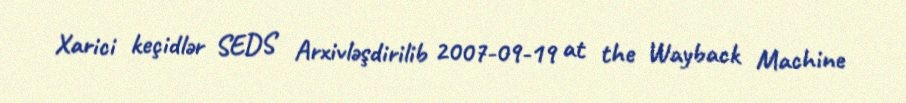
Xarici keçidlər SEDS Arxivləşdirilib 2007-09-19 at the Wayback Machine